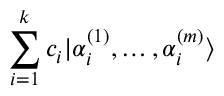
\sum _ { i = 1 } ^ { k } c _ { i } | \alpha _ { i } ^ { ( 1 ) } , \dots , \alpha _ { i } ^ { ( m ) } \rangle